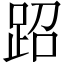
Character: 𬦪